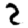
Digit: 2